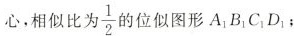
心，相似比为一 $$\frac{1}{2}$$ 位似图形A_{1}B_{1}C_{1}D_{1}；